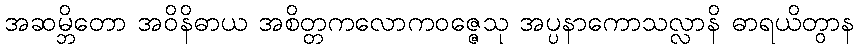
အဆမ္ဘိတော အဝိနိဓာယ အစိတ္တကလောကဝဇ္ဇေသု အပ္ပနာကောသလ္လာနိ ဓာရယိတွာန